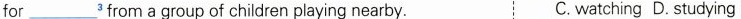
for ___^{3} from a group of children playing nearby. C. watching D. studying